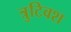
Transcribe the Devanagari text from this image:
त्रुटिवश